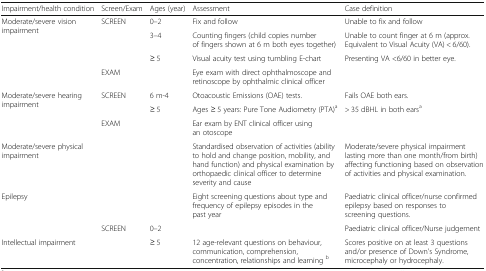
<table><thead><tr><td><b>Impairment/health condition</b></td><td><b>Screen/Exam</b></td><td><b>Ages (year)</b></td><td><b>Assessment</b></td><td><b>Case definition</b></td></tr></thead><tbody><tr><td rowspan="4">Moderate/severe vision impairment</td><td rowspan="3">SCREEN</td><td>0–2</td><td>Fix and follow</td><td>Unable to fix and follow</td></tr><tr><td>3–4</td><td>Counting fingers (child copies number of fingers shown at 6 m both eyes together)</td><td>Unable to count finger at 6 m (approx. Equivalent to Visual Acuity (VA) &lt; 6/60).</td></tr><tr><td>≥ 5</td><td>Visual acuity test using tumbling E-chart</td><td>Presenting VA &lt;6/60 in better eye.</td></tr><tr><td>EXAM</td><td></td><td>Eye exam with direct ophthalmoscope and retinoscope by ophthalmic clinical officer</td><td></td></tr><tr><td rowspan="3">Moderate/severe hearing impairment</td><td rowspan="2">SCREEN</td><td>6 m-4</td><td>Otoacoustic Emissions (OAE) tests.</td><td>Fails OAE both ears.</td></tr><tr><td>≥ 5</td><td>Ages ≥ 5 years: Pure Tone Audiometry (PTA)<sup>a</sup></td><td>&gt; 35 dBHL in both ears<sup>a</sup></td></tr><tr><td>EXAM</td><td></td><td>Ear exam by ENT clinical officer using an otoscope</td><td></td></tr><tr><td>Moderate/severe physical impairment</td><td></td><td></td><td>Standardised observation of activities (ability to hold and change position, mobility, and hand function) and physical examination by orthopaedic clinical officer to determine severity and cause</td><td>Moderate/severe physical impairment lasting more than one month/from birth) affecting functioning based on observation of activities and physical examination.</td></tr><tr><td>Epilepsy</td><td></td><td></td><td>Eight screening questions about type and frequency of epilepsy episodes in the past year</td><td>Paediatric clinical officer/nurse confirmed epilepsy based on responses to screening questions.</td></tr><tr><td></td><td>SCREEN</td><td>0–2</td><td></td><td>Paediatric clinical officer/Nurse judgement</td></tr><tr><td>Intellectual impairment</td><td></td><td>≥ 5</td><td>12 age-relevant questions on behaviour, communication, comprehension, concentration, relationships and learning <sup>b</sup></td><td>Scores positive on at least 3 questions and/or presence of Down’s Syndrome, microcephaly or hydrocephaly.</td></tr></tbody></table>